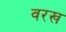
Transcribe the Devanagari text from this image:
वरख